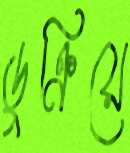
ডুক্‌রিয়ে